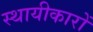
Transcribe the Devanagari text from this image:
स्थायीकारों